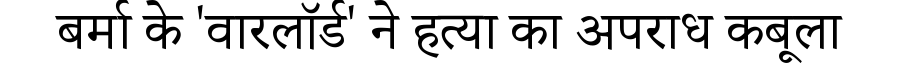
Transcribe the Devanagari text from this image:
बर्मा के 'वारलॉर्ड' ने हत्या का अपराध कबूला